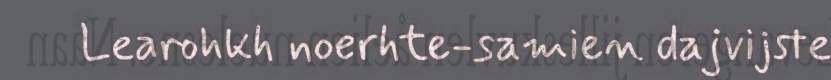
Learohkh noerhte-samien dajvijste